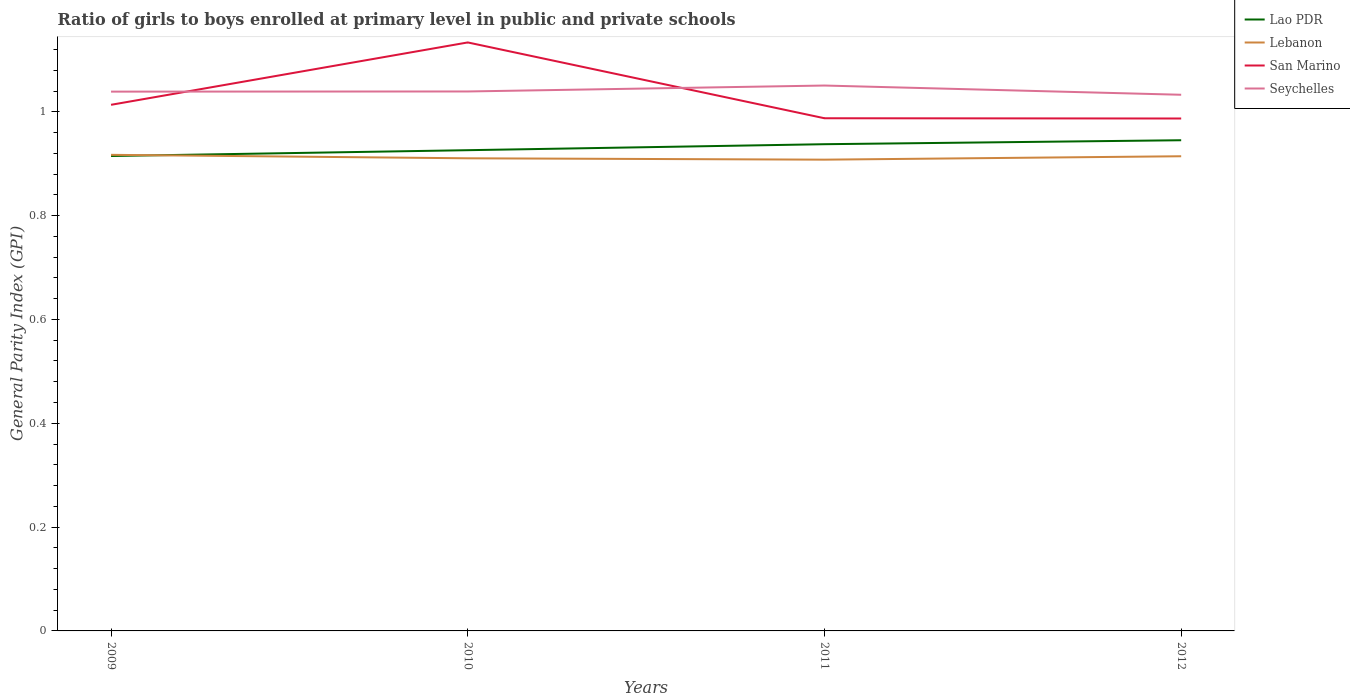
| Years | Lao PDR | Lebanon | San Marino | Seychelles |
 | --- | --- | --- | --- | --- |
 | 2009 | 0.915 | 0.917 | 1.01 | 1.04 |
 | 2010 | 0.926 | 0.91 | 1.13 | 1.04 |
 | 2011 | 0.938 | 0.908 | 0.988 | 1.05 |
 | 2012 | 0.945 | 0.914 | 0.987 | 1.03 |